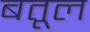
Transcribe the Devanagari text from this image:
बतूल